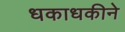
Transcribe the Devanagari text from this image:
धकाधकीने